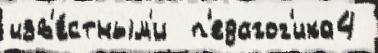
изв'е́стным'и  п'едагог'ика4